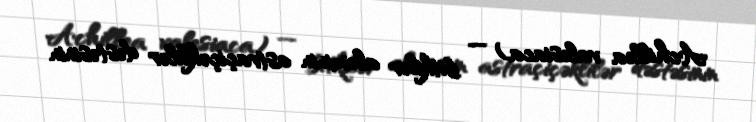
Achillea valesiaca) — bitkilər aləminin astraçiçəklilər dəstəsinin